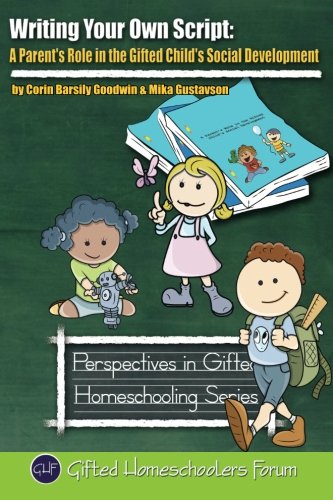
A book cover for Writing Your Own Script: A Parent's Role in the Gifted Child's Social Development (Perspectives in Gifted Homeschooling) (Volume 8); Corin Barsily Goodwin; Self-Help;